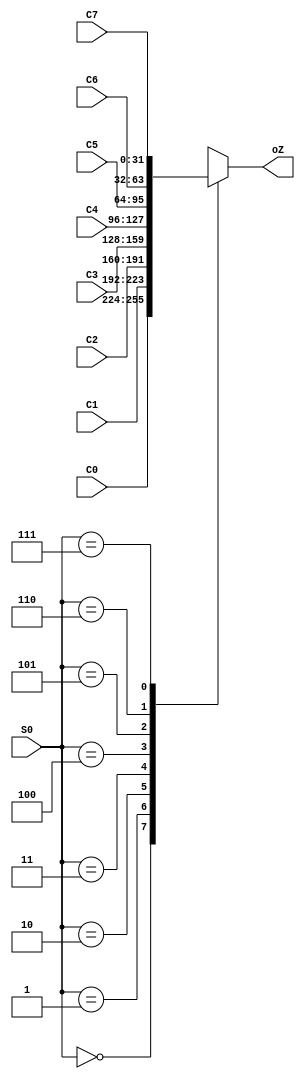
//////////////////////////////////////////////////////////////////////////////////
// 
// Project Name: Static Pipeline CPU with 54 Instructions Based on MIPS Architecture
//////////////////////////////////////////////////////////////////////////////////

`timescale 1ns / 1ps

module mux_8_32(
    input [31:0] C0,
    input [31:0] C1,
    input [31:0] C2,
    input [31:0] C3,
    input [31:0] C4,
    input [31:0] C5,
    input [31:0] C6,
    input [31:0] C7,
    input [2:0] S0,

    output [31:0] oZ
    );

    reg [31:0] temp;

    always @(*) begin
        case(S0)
            3'b000: temp <= C0;
            3'b001: temp <= C1;
            3'b010: temp <= C2;
            3'b011: temp <= C3;
            3'b100: temp <= C4;
            3'b101: temp <= C5;
            3'b110: temp <= C6;
            3'b111: temp <= C7;
            default: temp <= 32'bz;
        endcase
   end
   
   assign oZ = temp;
   
endmodule